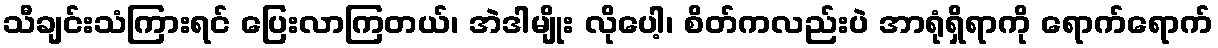
သီချင်းသံကြားရင် ပြေးလာကြတယ်၊ အဲဒါမျိုး လိုပေါ့၊ စိတ်ကလည်းပဲ အာရုံရှိရာကို ရောက်ရောက်